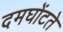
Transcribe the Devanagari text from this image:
दमघोंटते